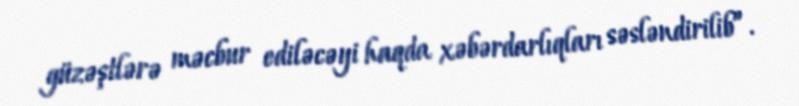
güzəştlərə məcbur ediləcəyi haqda xəbərdarlıqları səsləndirilib”.